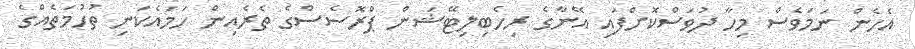
އެހެން ނަމަވެސް މިހާ ދުވަސްކޮށްފައި އޭނާގެ ރިހެބިލިޓޭޝަން ޕްރޮސެސްގެ ތެރެއިން ހަމައެކަނި ތުހުމަތެއްގެ